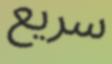
سريع